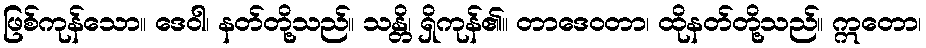
ဖြစ်ကုန်သော။ ဒေဝါ၊ နတ်တို့သည်။ သန္တိ၊ ရှိကုန်၏။ တာဒေဝတာ၊ ထိုနတ်တို့သည်။ ဣတော၊